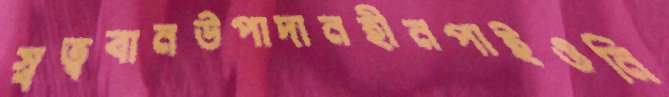
স্বত্ববানউপাদানহীনপাইওনি